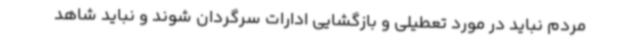
مردم نباید در مورد تعطیلی و بازگشایی ادارات سرگردان شوند و نباید شاهد